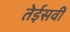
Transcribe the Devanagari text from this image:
तेईसवीं